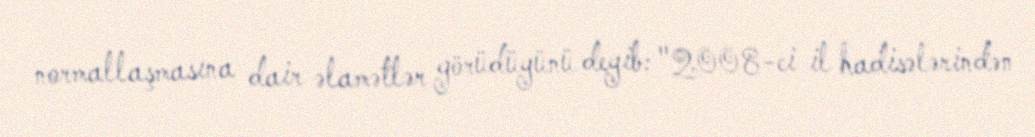
normallaşmasına dair əlamətlər görüdüyünü deyib: "2008-ci il hadisələrindən